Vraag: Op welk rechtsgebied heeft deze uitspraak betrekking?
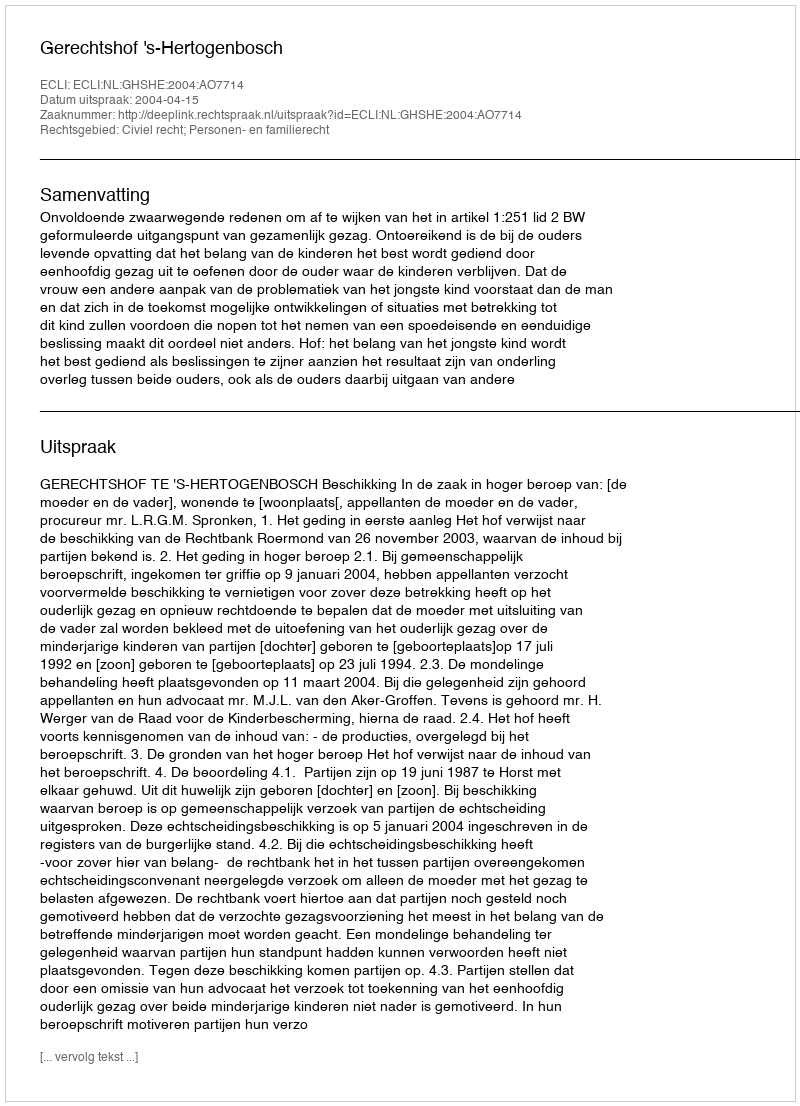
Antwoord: Civiel recht; Personen- en familierecht